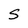
Character: S